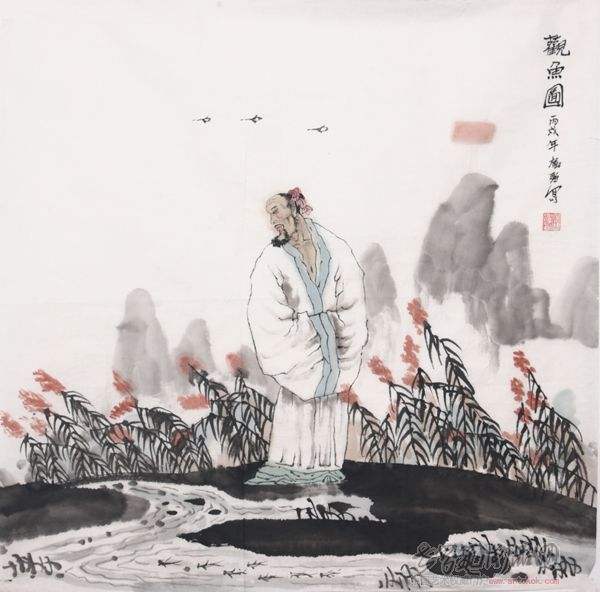
绕池闲步看鱼游，正值儿童弄钓舟。